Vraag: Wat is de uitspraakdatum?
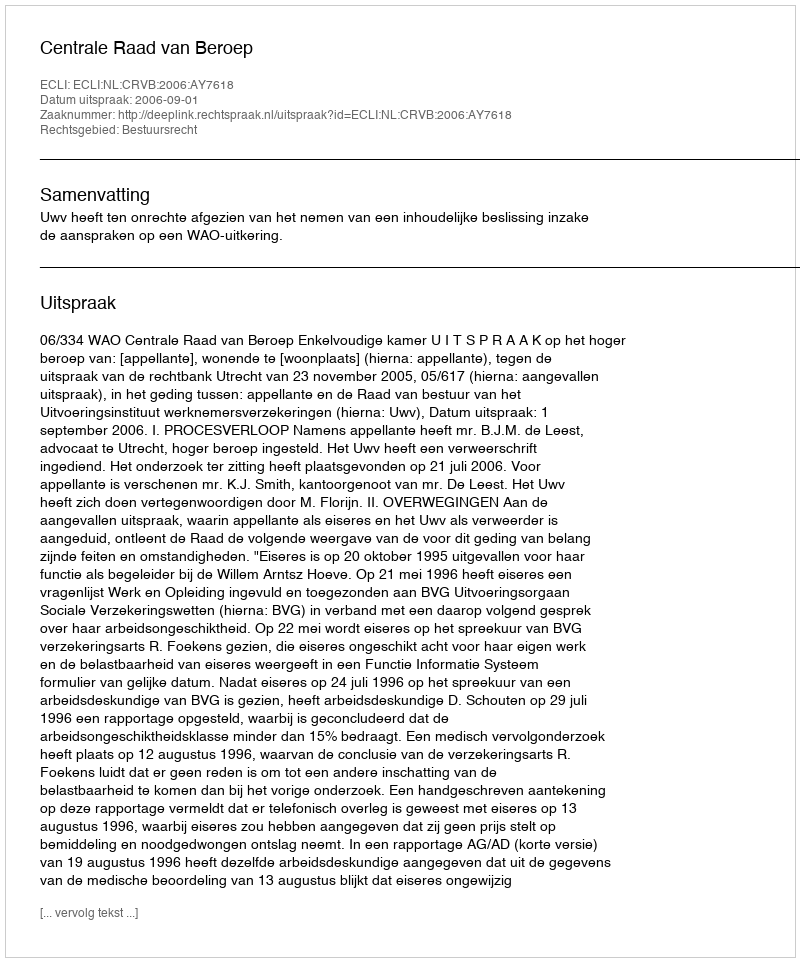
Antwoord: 2006-09-01